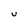
Character: U